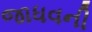
જાધવની